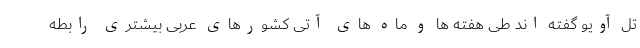
تل آویو گفته اند طی هفته ها و ماه های آتی کشورهای عربی بیشتری رابطه